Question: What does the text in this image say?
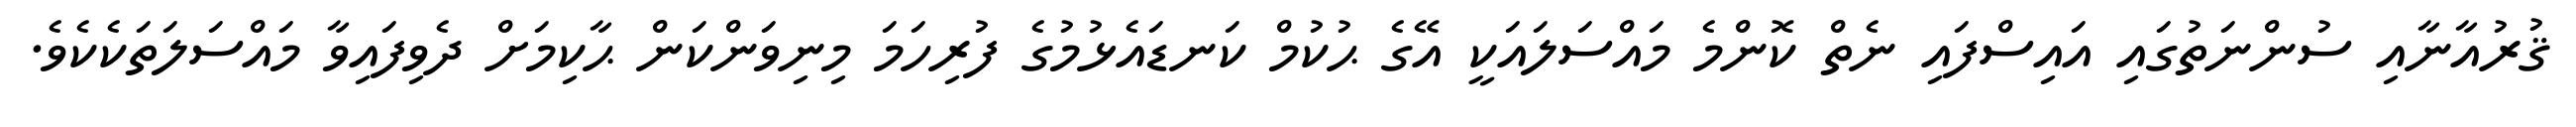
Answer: ޤުރުއާނާއި ސުންނަތުގައި އައިސްފައި ނެތް ކޮންމެ މައްސަލައަކީ އޭގެ ޙުކުމް ކަނޑައެޅުމުގެ ފުރިހަމަ މިނިވަންކަން ޙާކިމަށް ދެވިފައިވާ މައްސަލަތަކެކެވެ.